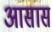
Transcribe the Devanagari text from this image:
आसास